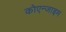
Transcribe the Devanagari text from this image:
कोएन्जाइम